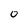
Character: 0